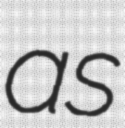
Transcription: as